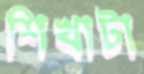
শিখাটা